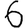
Digit: 6